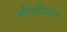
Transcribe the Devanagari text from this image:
बैठकीवरुन